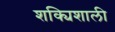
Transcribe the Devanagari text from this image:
शक्यिशाली